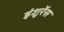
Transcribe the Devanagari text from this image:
इंशुरेंस